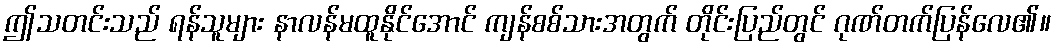
ဤသတင်းသည် ရန်သူများ နာလန်မထူနိုင်အောင် ကျန်စစ်သားအတွက် တိုင်းပြည်တွင် ဂုဏ်တက်ပြန်လေ၏။